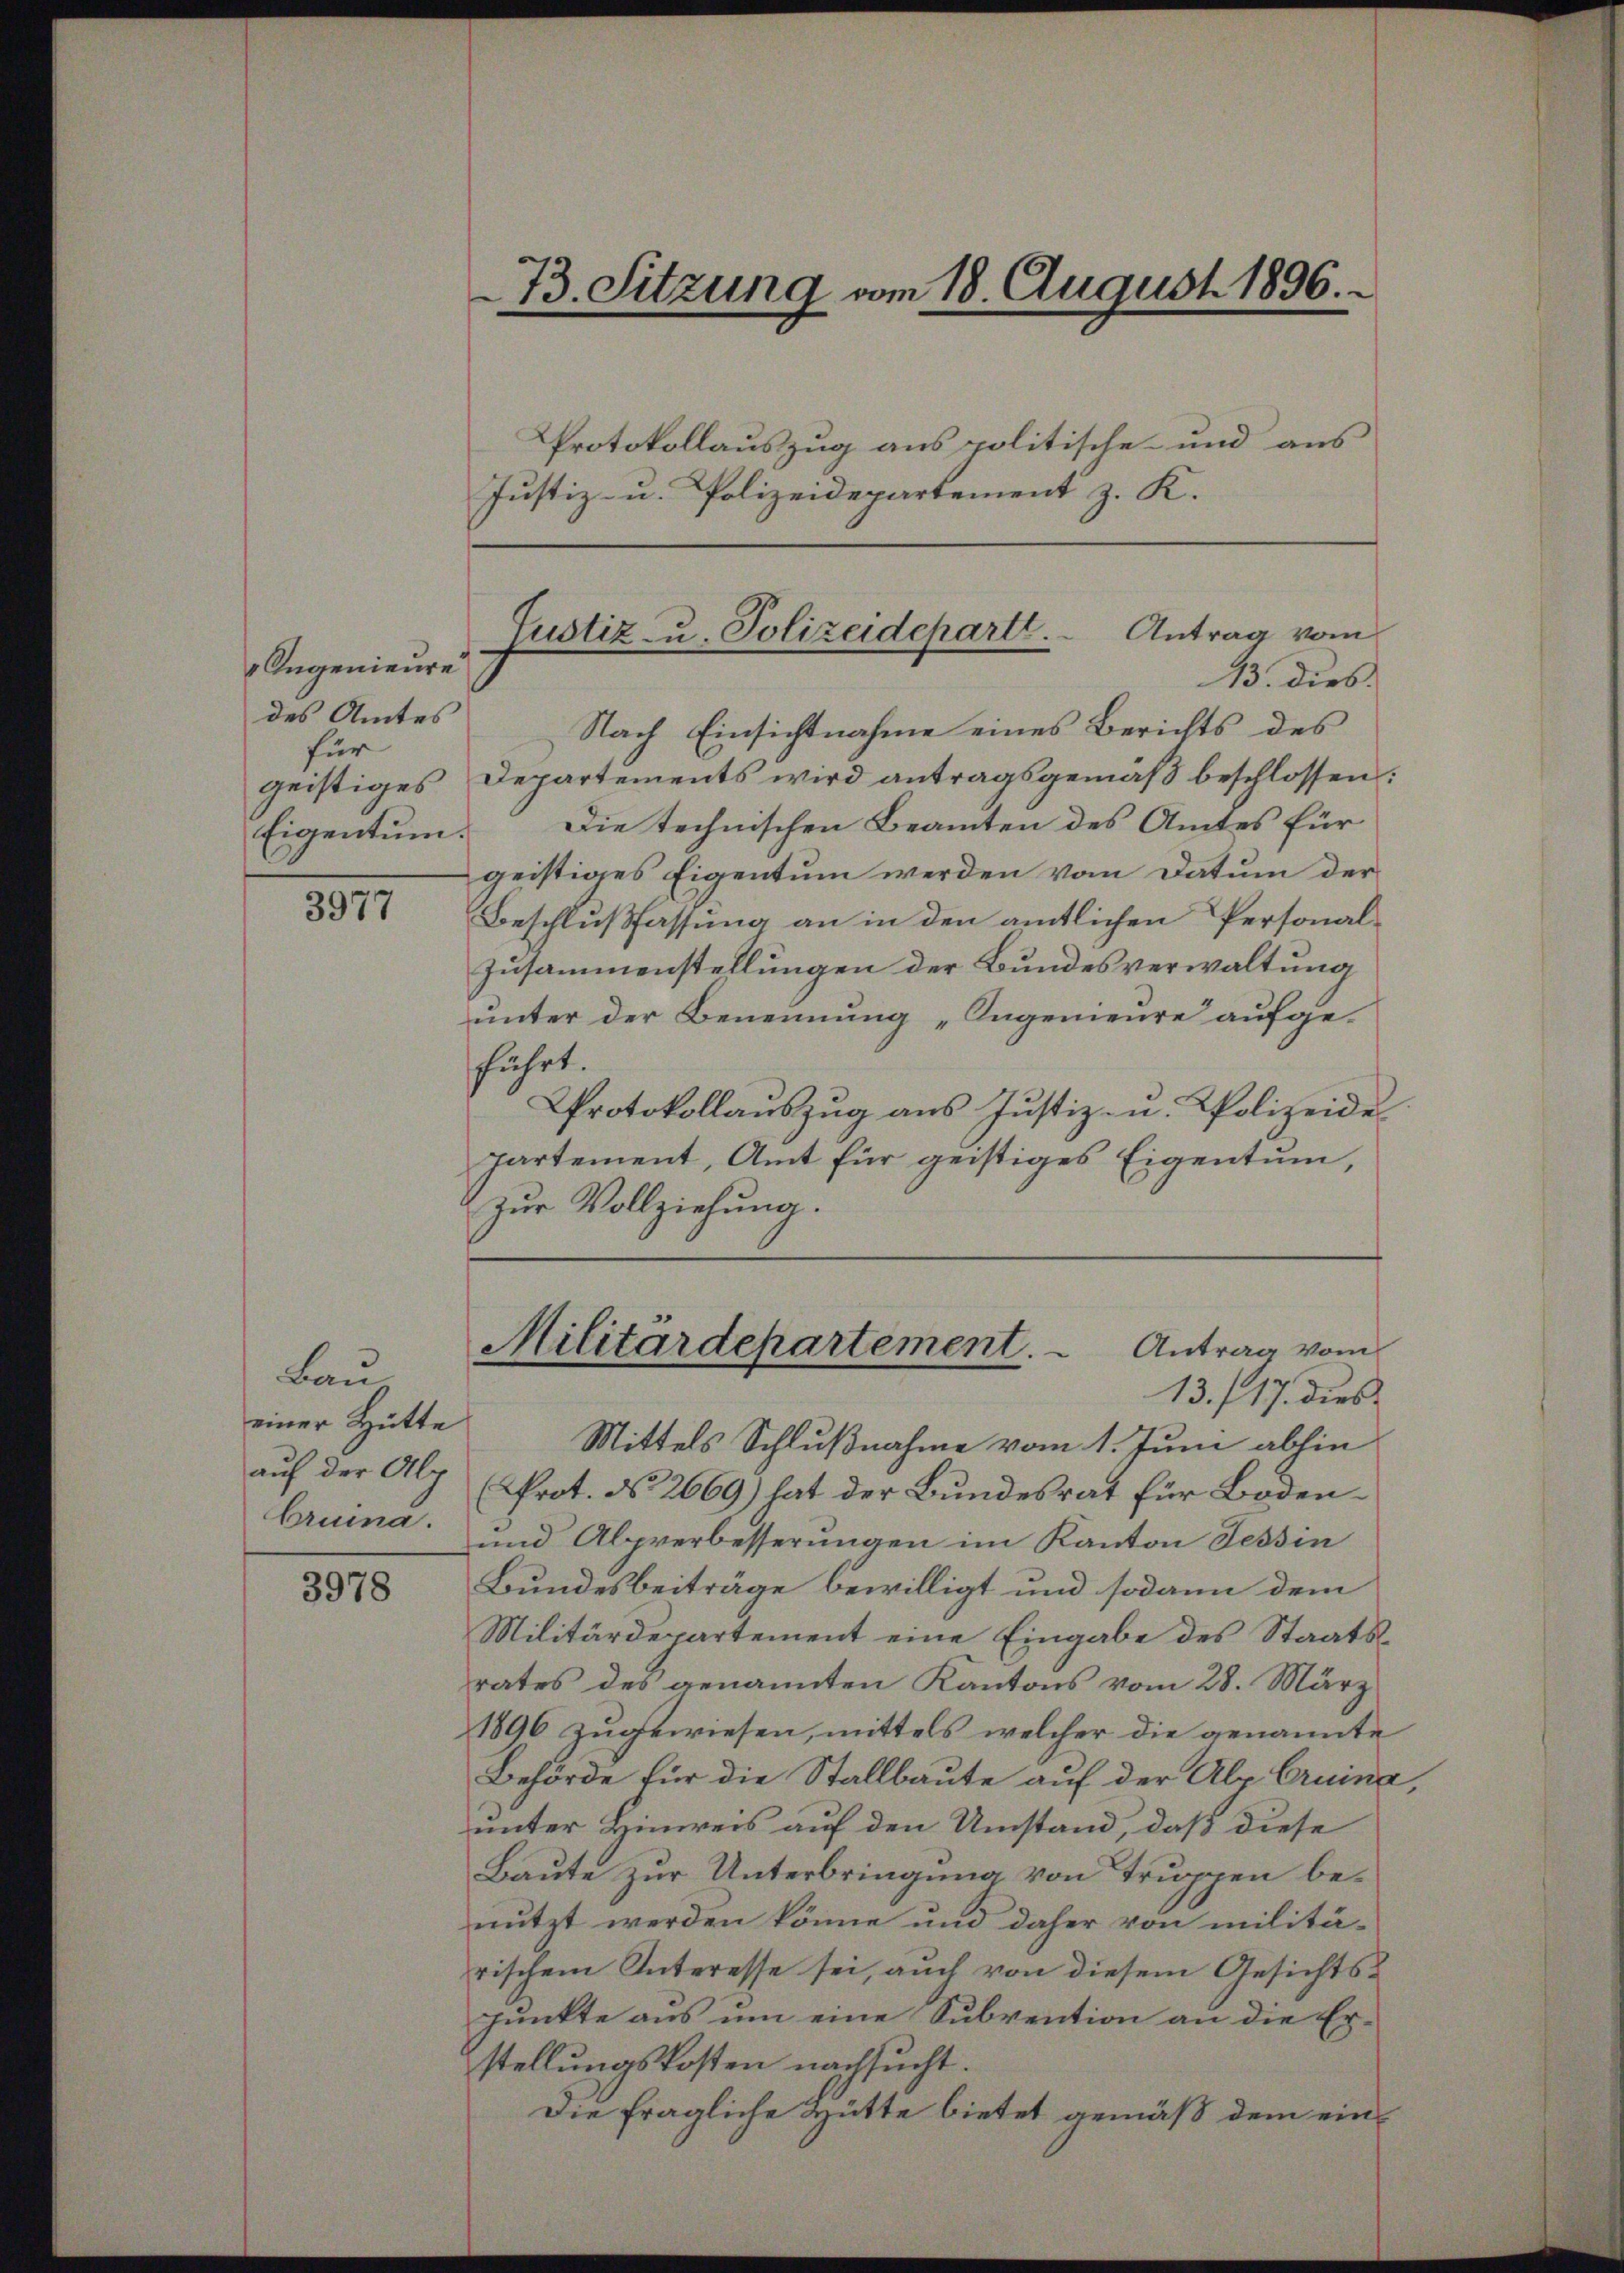
Angenieure
des Amtes
für
Eigentum.

3977

Bauz
einer Hütte
bruina.

3978

Protokollauszug aus politische- und aus
Justiz- u. Polizeidepartement z. K.

Nach Einsichtnahme eines Berichts des
geistiges Departements wird antragsgemäß beschlossen:
Die technischen Beamten des Amtes für
geistiges Eigentum werden vom Datum der
Beschlußfassung an in den amtlichen Personal¬
Zusammenstellungen der Bundesverwaltung
unter der Benennung „Ingenieure aufgeführt.
Protokollauszug aus Justiz- u. Polizeide
Partement, Amt für geistiges Eigentum,
 zŭr Vollziehung.
13./17. dies
Mittels Schlußnahme vom 1. Juni abhin
auf der Alp (Prot. No. 2669) hat der Bundesrat für Boden-
und Alpverbesserungen im Kanton Tessin
Bundesbeiträge bewilligt und sodann dem
Militärdepartement eine Eingabe des Staatsrates des genannten Kantons vom 28. März
1896 zugewiesen, mittels welcher die genannte
Behörde für die Stallbaute auf der Alp Cruina,
unter Hinweis auf den Umstand, daß diese
Baute zur Unterbringung von Truppen benutzt werden könne und daher von militärischem Interesse sei, auch von diesem Gesichtspunkte aus um eine Subvention an die Erstellungskosten nachsucht.
Die fragliche Hütte bietet gemäß dem ein¬

73. Sitzung vom 18. August 1896.

Justiz- u. Polizeidepartl. Antrag vom
13. dies

Militärdepartement.  Antrag vom